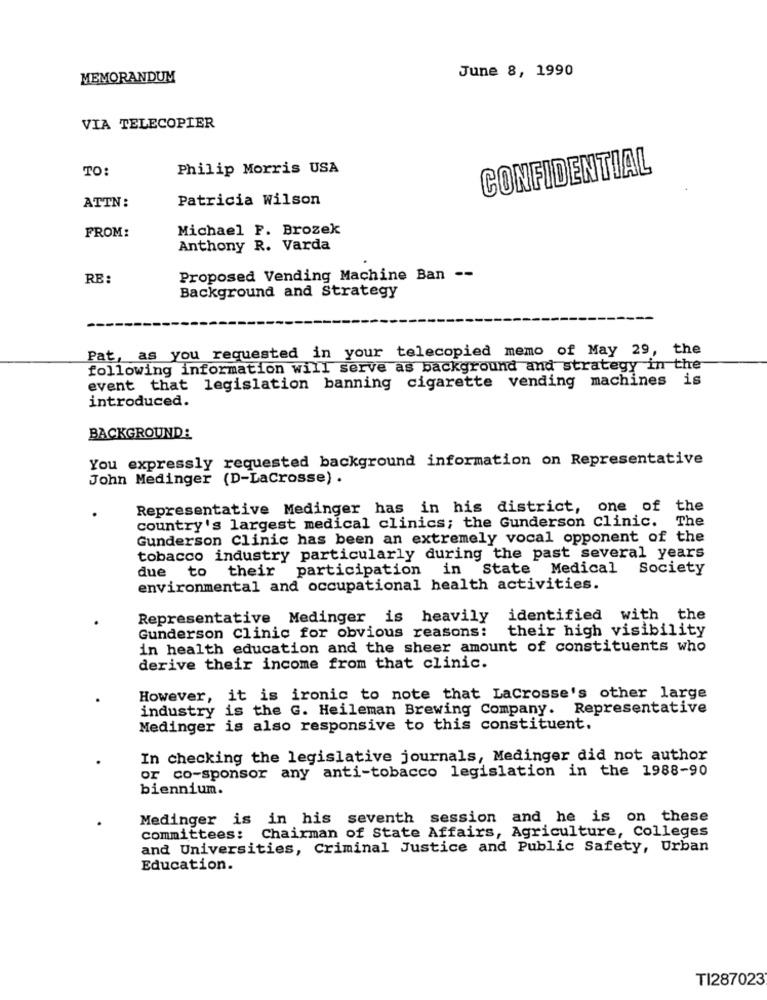
June 8, 1990
MEMORANDUM
VIA TELECOPIER
TO:
Philip Morris USA
CONFIDENTIAL
ATTN:
Patricia Wilson
FROM:
Michael F. Brozek
Anthony R. Varda
RE:
Proposed Vending Machine Ban --
Background and Strategy
Pat, as you requested in your telecopied memo of May 29, the
following information will serve as background and strategy in the
event that legislation banning cigarette vending machines is
introduced.
BACKGROUND:
You expressly requested background information on Representative
John Medinger (D-LaCrosse) .
Representative Medinger has in his district, one of the
country's largest medical clinics; the Gunderson Clinic. The
Gunderson Clinic has been an extremely vocal opponent of the
tobacco industry particularly during the past several years
due to their
participation in State Medical
Society
environmental and occupational health activities.
Representative Medinger is heavily
identified with the
their high visibility
Gunderson Clinic for obvious reasons:
in health education and the sheer amount of constituents who
derive their income from that clinic.
However, it is ironic to note that LaCrosse's other large
industry is the G. Heileman Brewing Company. Representative
Medinger is also responsive to this constituent.
In checking the legislative journals, Medinger did not author
or co-sponsor any anti-tobacco legislation in the 1988-90
biennium.
Medinger is in his seventh session and he is on these
committees: Chairman of State Affairs, Agriculture, Colleges
and Universities, Criminal Justice and Public Safety, Urban
Education.
TI287023